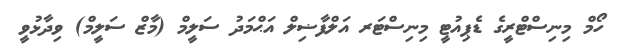
ހޯމް މިނިސްޓްރީގެ ޑެޕިއުޓީ މިނިސްޓަރ އަލްފާޟިލް އަޙްމަދު ސަލީމް (މާޒް ސަލީމް) ވިދާޅުވީ